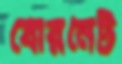
বোরনেট